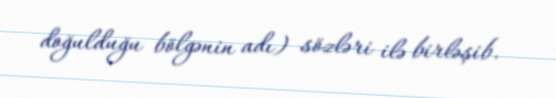
doğulduğu bölgənin adı) sözləri ilə birləşib.